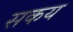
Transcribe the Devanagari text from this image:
सकय